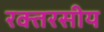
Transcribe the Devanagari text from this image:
रक्तरसीय